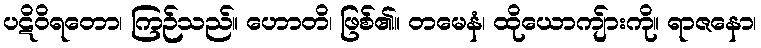
ပဋိဝိရတော၊ ကြဉ်သည်။ ဟောတိ၊ ဖြစ်၏။ တမေနံ၊ ထိုယောကျ်ားကို။ ရာဇနော၊